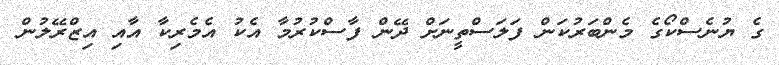
ގެ ޔުނެސްކޯގެ މެންބަރުކަން ފަލަސްތީނަށް ދޭން ފާސްކުރުމާ އެކު އެމެރިކާ އާއި އިޒްރޭލުން